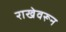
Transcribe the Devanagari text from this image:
राखेवरून